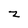
Character: z